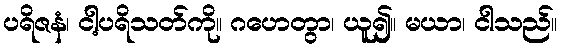
ပရိဇနံ၊ ငါ့ပရိသတ်ကို။ ဂဟေတွာ၊ ယူ၍။ မယာ၊ ငါသည်။